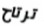
ترتاح